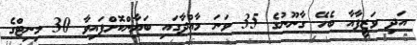
އަދި ވަޒީފާއާ ބެހޭ ގާނޫނުގެ 35 ވަނަ މާއްދާގައި ބަޔާންކޮށްފައިވާ 30 މިނިޓްގެ